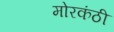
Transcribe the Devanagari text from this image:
मोरकंठी